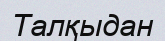
Талқыдан